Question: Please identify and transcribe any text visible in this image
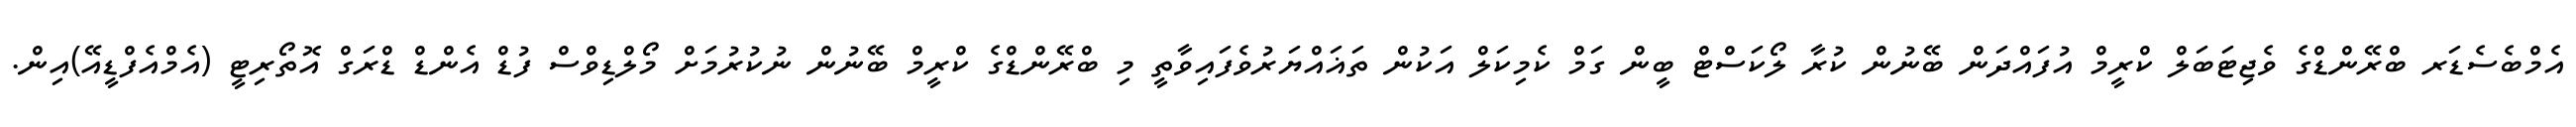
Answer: އެމްބެސެޑަރ ބްރޭންޑްގެ ވެޖިޓަބަލް ކްރީމް އުފައްދަން ބޭނުން ކުރާ ލޯކަސްޓް ބީން ގަމް ކެމިކަލް އަކުން ތަޣައްޔަރުވެފައިވާތީ މި ބްރޭންޑްގެ ކްރީމް ބޭނުން ނުކުރުމަށް މޯލްޑިވްސް ފުޑް އެންޑް ޑްރަގް އޮތޯރިޓީ (އެމްއެފްޑީއޭ)އިން.